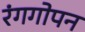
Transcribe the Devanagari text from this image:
रंगगोपन